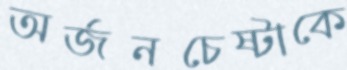
অর্জনচেষ্টাকে